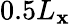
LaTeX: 0.5L_{\mathbf{x}}